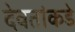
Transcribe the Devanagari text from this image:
देवतांकडे